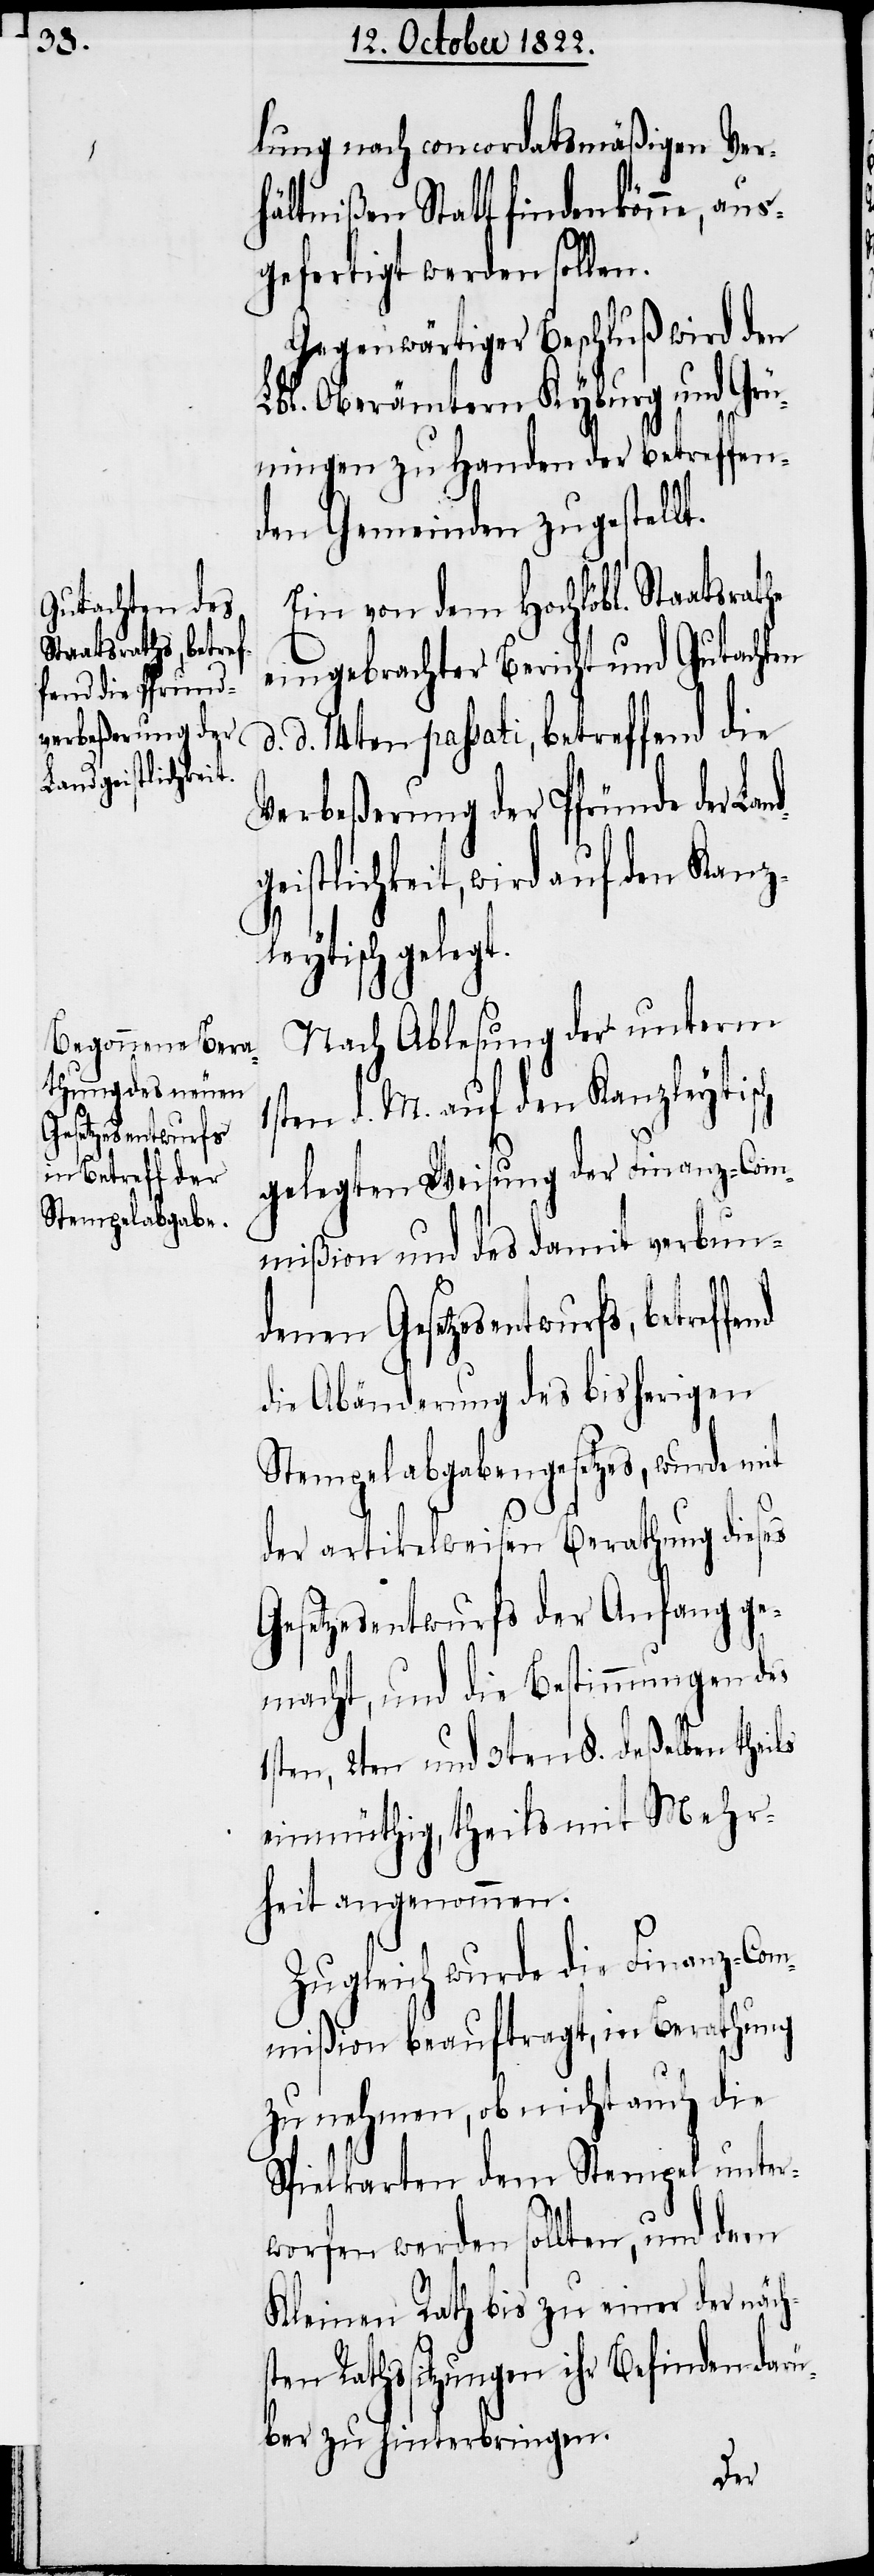
nd
1s¬

Landgeistlichkeit,

lung nach concordatsmäßigen Ver¬
hältnißen Statt finden könne, aus¬
gefertigt werden sollen.
Gegenwärtiger Beschluß wird den
Lbl. Oberämtern Kyburg und Grü¬
ningen zu Handen der betreffen¬
den Gemeinden zugestellt.
Ein von dem Hochlöbl. Staatsrathe
eingebrachter Bericht und Gutachten
d. 14ten passati, betreffend die
Verbeßerung der Pfründe der
eytisch gelegt.
Nach Ablesung der unterm
ten d. M. auf den Kanzleytisch
gelegten Weisung der Finanz-Com¬
mißion und des damit verbun¬
d.
denen Gesetzesentwurfs, betreffe¬
die Abänderung des bisherigen
Stempelgabgabengesetzes, wurde mit
der artikelweisen Berathung dieses
Gesetzesentwurfs der Anfang ge¬
macht, und die Bestimmungen des
1sten, 2ten und 3ten §. deßelben theils
einmüthig, theils mit Mehr¬
heit angenommen.
Zugleich wurde die Finanz-Com¬
mißion beauftragt, in Berathung
zu nehmen, ob nicht auch die
Spielkarten dem Stempel unter¬
worfen werden sollten, und dem
Kleine Rath bis zu einer der näch¬
sten Rathssitzungen ihr Befinden darü¬
ber zu hinterbringen.
den